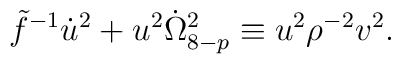
\tilde{f}^{-1}\dot{u}^2 + u^2 \dot{\Omega}_{8-p}^2 \equiv u^2{\rho}^{-2}v^2.